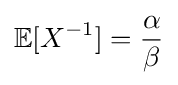
\mathbb {E} [X^{-1}]={\frac {\alpha }{\beta }}